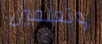
وتعلمين